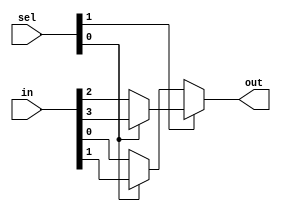
module sys3 (out,in,sel);

output reg out;
input [1:0] sel;
input [3:0] in;
reg out1,out2;

always @(sel,in)
begin
	if (sel[0])
	begin
		out1 = in[1];
	end
	else
	begin
		out1 = in[0];
	end
	if (sel[0])
	begin
		out2 = in[3];
	end
	else
	begin
		out2 = in[2];
	end
	if (sel[1])
	begin
		out = out2;
	end
	else
	begin
		out = out1;
	end
	
end

endmodule